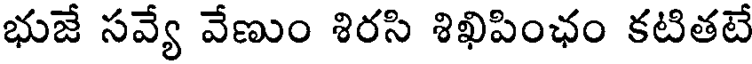
భుజే సవ్యే వేణుం శిరసి శిఖిపింఛం కటితటే